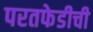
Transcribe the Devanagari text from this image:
परतफेडीची